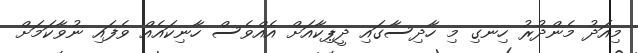
މިއަދު މެންދުރު ހިނގި މި ހާދިސާގައި ދީޕިކާއަށް އެއްވެސް ހާނިކައެއް ވެފައި ނުވާކަމަށް